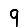
Digit: 9